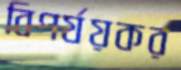
বিপর্যয়কর